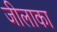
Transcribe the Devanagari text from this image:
जीलाका